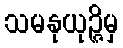
သမနုယုဉ္ဇိမှ